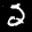
Label: 2